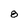
Character: 8